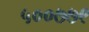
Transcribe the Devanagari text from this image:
५००७७९